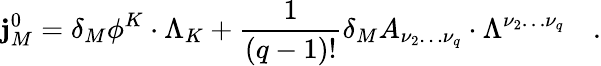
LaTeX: \mathbf{j}_{M}^{0}=\delta_{M}\phi^{K}\cdot\Lambda_{K}+\frac{1}{{\left(q-1\right)!}}\delta_{M}A_{\nu_{2}\ldots\nu_{q}}\cdot\Lambda^{\nu_{2}\ldots\nu_{q}}\quad.